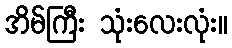
အိမ်ကြီး သုံးလေးလုံး။